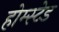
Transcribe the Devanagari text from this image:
होम्स्टेड